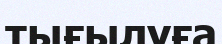
тығылуға